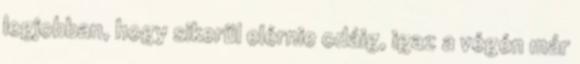
legjobban, hogy sikerül elérnie odáig, igaz a végén már